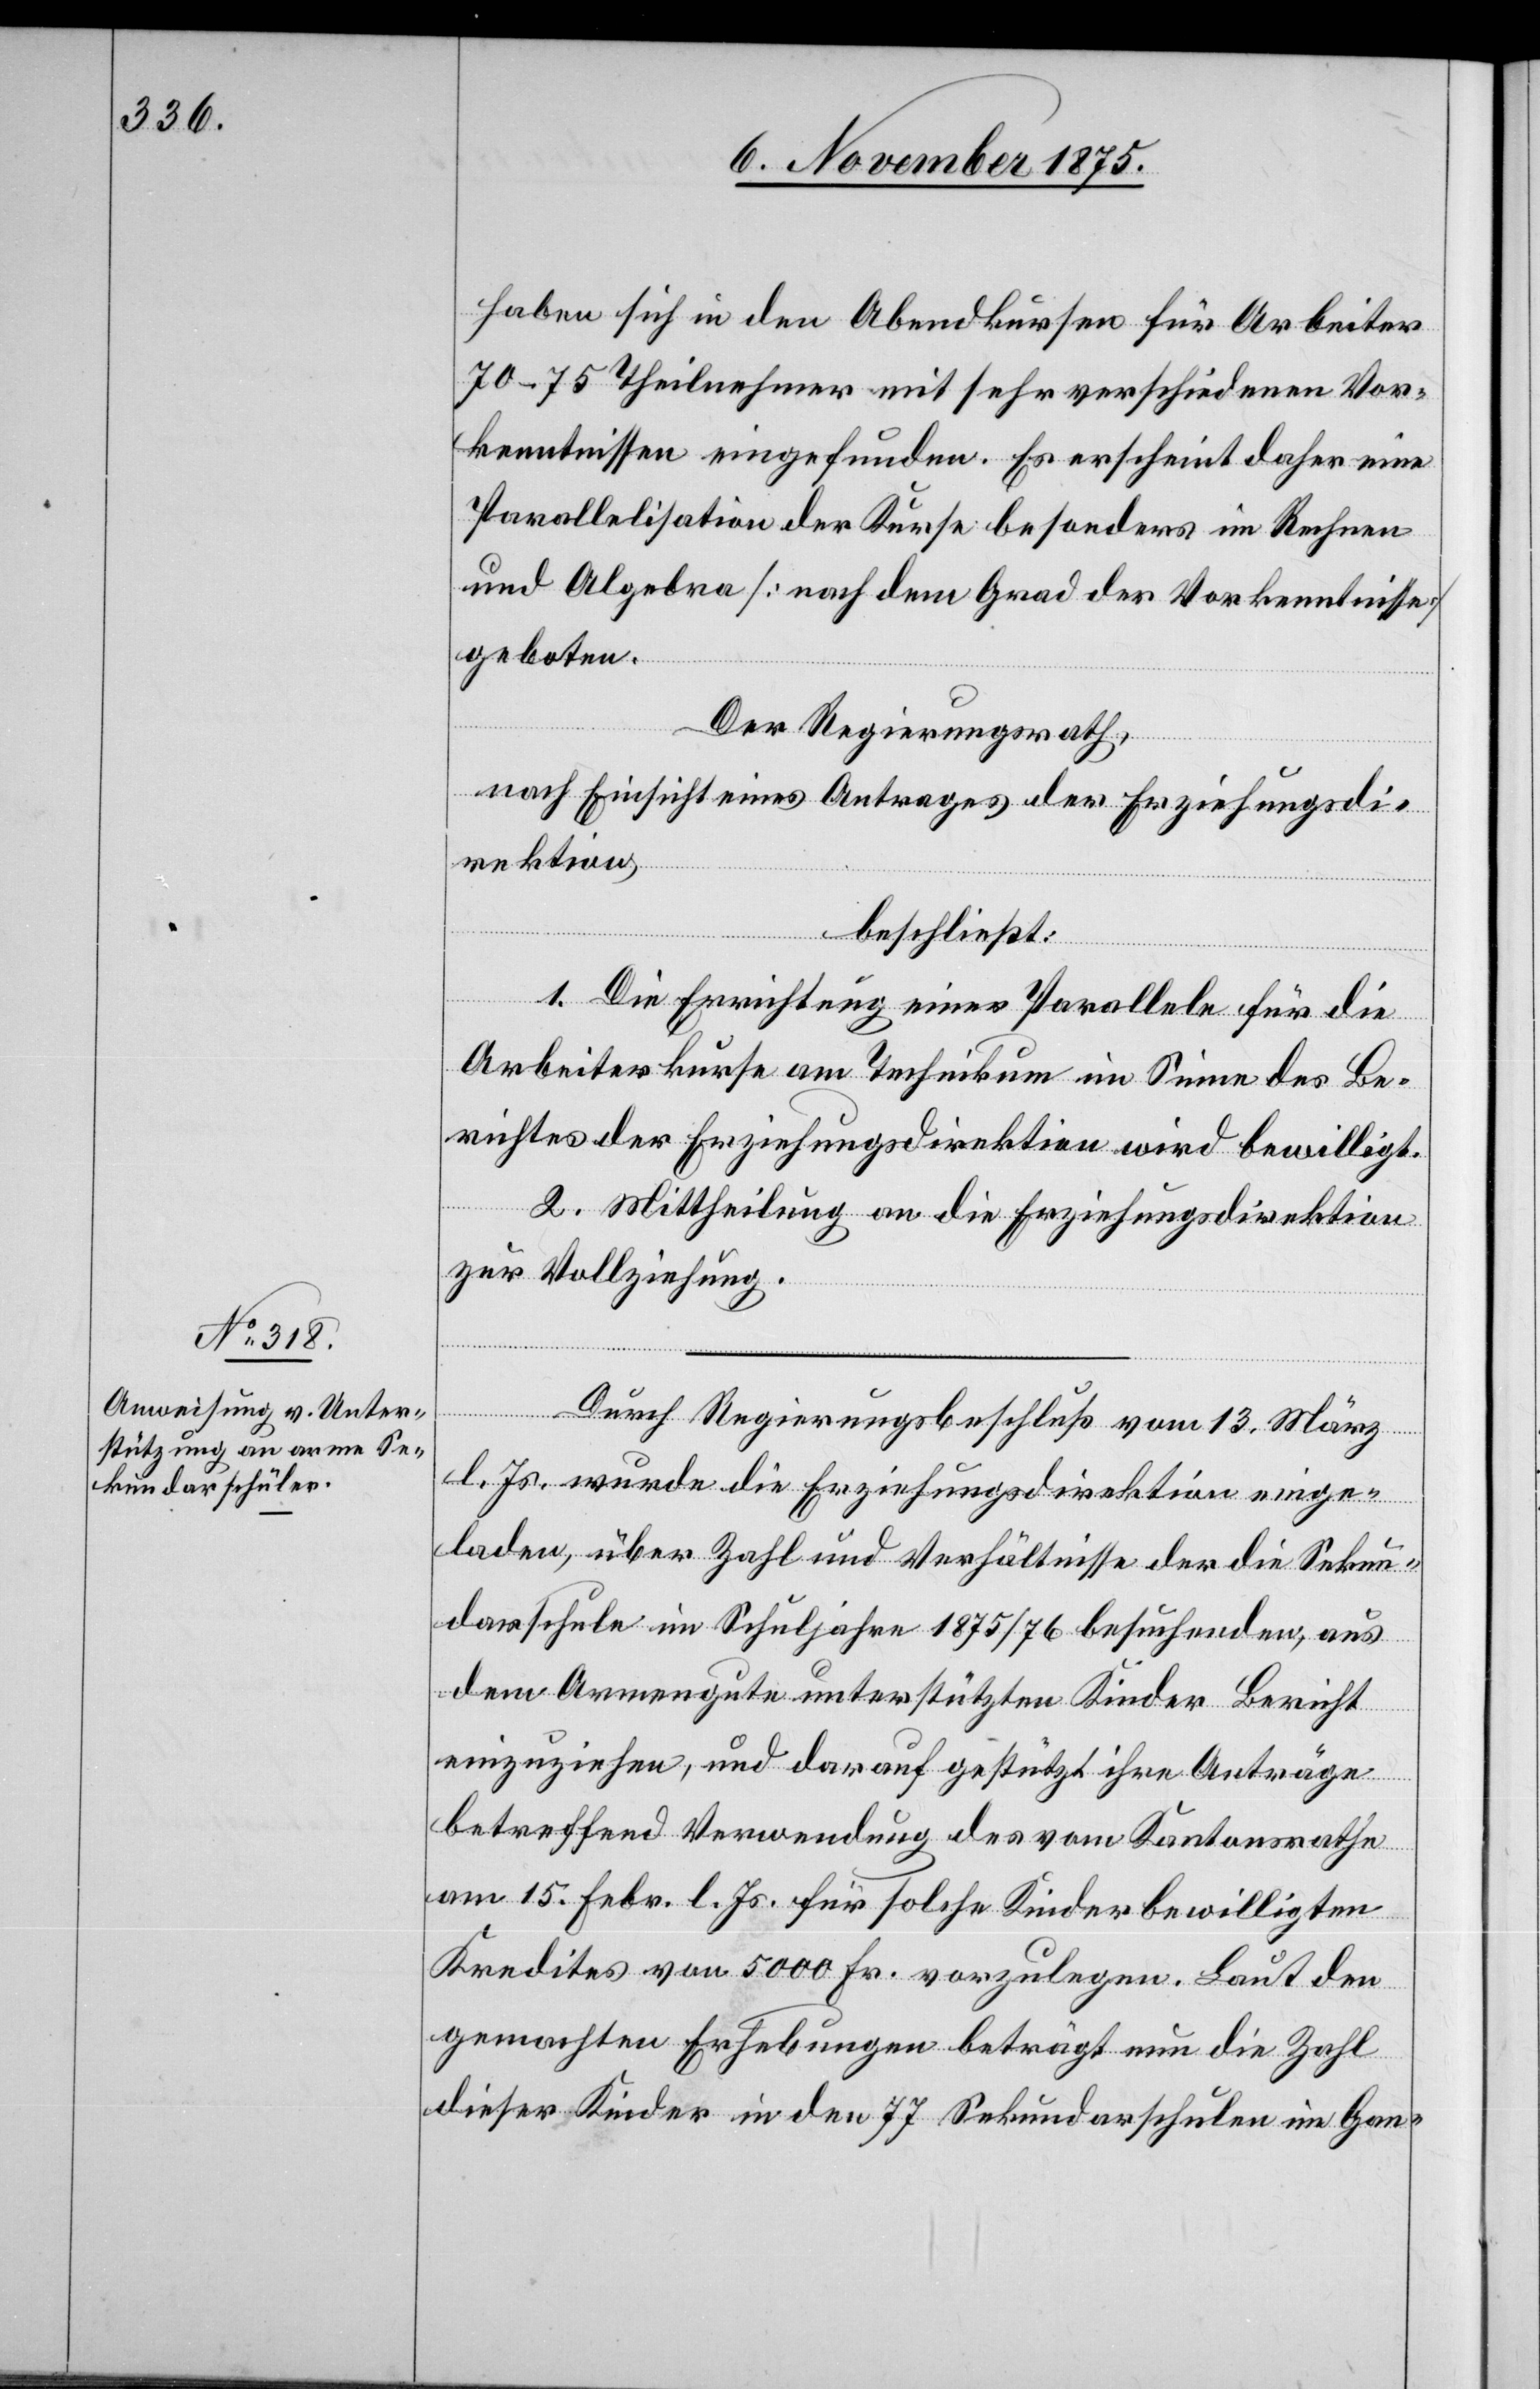
haben sich in den Abendkursen für Arbeiter
70–75 Theilnehmer mit sehr verschiedenen Vor¬
kenntnissen eingefunden. Es erscheint daher eine
Parallelisation der Kurse besonders in Rechnen
und Algebra [nach dem Grad der Vorkenntnisse]
geboten.
Der Regierungsrath,
nach Einsicht eines Antrages der Erziehungsdi¬
rektion,
beschließt:
1. Die Errichtung einer Parallele für die
Arbeiterkurse am Technikum im Sinne des Be¬
richtes der Erziehungsdirektion wird bewilligt.
2. Mittheilung an die Erziehungsdirektion
zur Vollziehung.
Durch Regierungsbeschluß vom 13. März
l. Js. wurde die Erziehungsdirektion einge¬
laden, über Zahl und Verhältnisse der die Sekun¬
darschule im Schuljahre 1875/76 besuchenden, aus
dem Armengute unterstützten Kinder Bericht
einzuziehen, und darauf gestützt ihre Anträge
betreffend Verwendung des vom Kantonsrathe
am 15. Febr. l. Js. für solche Kinder bewilligten
Kredites von 5000 Fr. vorzulegen. Laut den
gemachten Erhebungen beträgt nun die Zahl
dieser Kinder in den 77 Sekundarschulen im Gan-